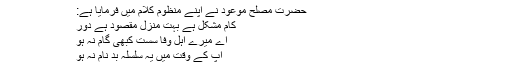
‘‘
حضرت مصلح موعودؓ نے اپنے منظوم کلام میں فرمایا ہے:
کام مشکل ہے بہت منزلِ مقصود ہے دُور
اے میرے اہل وفا سست کبھی گام نہ ہو
آپ کے وقت میں یہ سلسلہ بد نام نہ ہو
حضرت خلیفۃ المسیح الثالثؒ کا ارشاد ہے:’’زندگی وقت کے ایک بامقصد مَصرف کا نام ہے۔